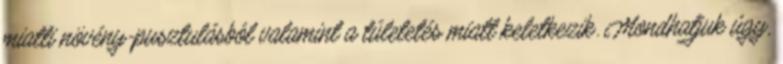
miatti növény-pusztulásból valamint a túletetés miatt keletkezik. Mondhatjuk úgy,